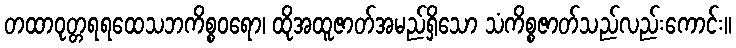
တထာဝုတ္တရရထေသဘကိစ္စဝရော၊ ထိုအထူဇာတ်အမည်ရှိသော သံကိစ္စဇာတ်သည်လည်းကောင်း။